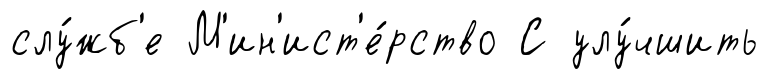
слу́жб'е М'ин'ист'е́рство С улу́чшить